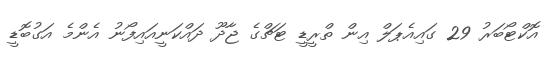
އޮކްޓޯބަރު 29 ގައިއެޕަލް އިން ތްރީޑީ ޓަޗްގެ ޖާދޫ ދައްކަނީއައިފޯނު އެންމެ އަގުބޮޑީ